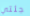
جئتي